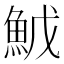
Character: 𬵇